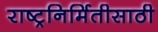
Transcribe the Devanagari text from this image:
राष्ट्रनिर्मितीसाठी